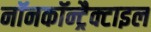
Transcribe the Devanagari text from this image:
नॉनकॉन्ट्रैक्टाइल